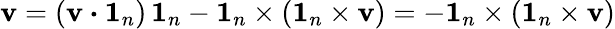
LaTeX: \boldsymbol{\mathbf{v}}=(\boldsymbol{\mathbf{v}}\boldsymbol{\cdot}\boldsymbol{1}_{n})\, \boldsymbol{1}_{n}-\boldsymbol{1}_{n}\times(\boldsymbol{1}_{n}\times\boldsymbol{\mathbf{v}})=-\boldsymbol{1}_{n}\times(\boldsymbol{1}_{n}\times\boldsymbol{\mathbf{v}})